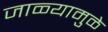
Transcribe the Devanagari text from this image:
जाळ्यामुळे